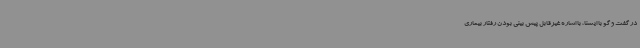
در گفت و گو با ایسنا، با اشاره غیرقابل پیش بینی بودن رفتار بیماری